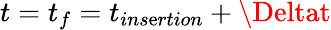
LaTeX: t=t_{f}=t_{ins\mathrm{e}rtion}+\Deltat